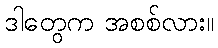
ဒါတွေက အစစ်လား။